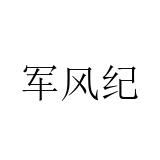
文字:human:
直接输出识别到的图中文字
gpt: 军风纪